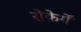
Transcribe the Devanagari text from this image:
रोकेगें